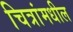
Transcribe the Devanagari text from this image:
चित्रांमधील